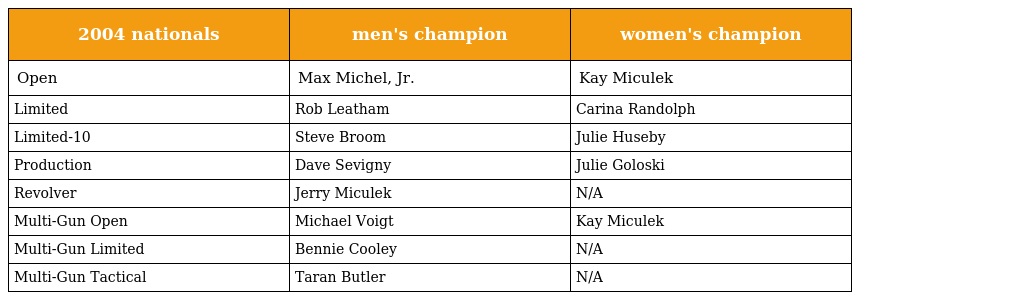
| 2004 nationals | men's champion | women's champion |
 | --- | --- | --- |
 | Open | Max Michel, Jr. | Kay Miculek |
 | Limited | Rob Leatham | Carina Randolph |
 | Limited-10 | Steve Broom | Julie Huseby |
 | Production | Dave Sevigny | Julie Goloski |
 | Revolver | Jerry Miculek | N/A |
 | Multi-Gun Open | Michael Voigt | Kay Miculek |
 | Multi-Gun Limited | Bennie Cooley | N/A |
 | Multi-Gun Tactical | Taran Butler | N/A |